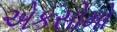
એકસોમો